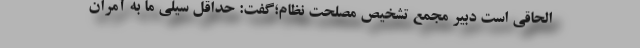
الحاقی است دبیر مجمع تشخیص مصلحت نظام؛گفت: حداقل سیلی ما به آمران